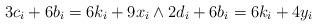
LaTeX: \begin{align*}3c_i + 6b_i = 6k_i+9x_i \wedge 2d_i + 6b_i = 6k_i+4y_i\end{align*}